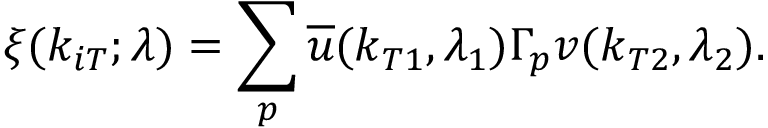
\xi ( k _ { i T } ; \lambda ) = \sum _ { p } { \overline { { u } } } ( k _ { T 1 } , \lambda _ { 1 } ) \Gamma _ { p } v ( k _ { T 2 } , \lambda _ { 2 } ) .